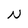
Character: N